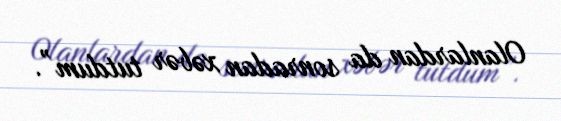
Olanlardan da sonradan xəbər tutdum”.